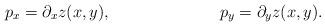
LaTeX: \begin{align*}p_x&=\partial_x z(x,y),& p_y&=\partial_y z(x,y).\end{align*}